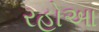
રહોઆ